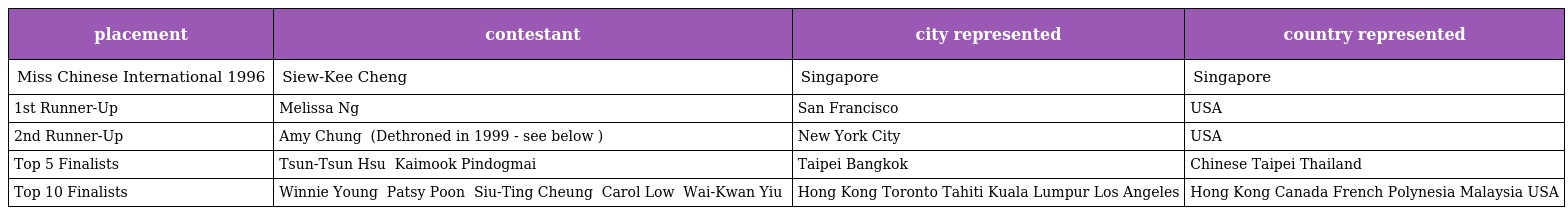
| placement | contestant | city represented | country represented |
 | --- | --- | --- | --- |
 | Miss Chinese International 1996 | Siew-Kee Cheng 鍾秀枝 | Singapore | Singapore |
 | 1st Runner-Up | Melissa Ng 吳美珩 | San Francisco | USA |
 | 2nd Runner-Up | Amy Chung 鍾慧儀 (Dethroned in 1999 - see below ) | New York City | USA |
 | Top 5 Finalists | Tsun-Tsun Hsu 許純純 Kaimook Pindogmai 陳珍珠 | Taipei Bangkok | Chinese Taipei Thailand |
 | Top 10 Finalists | Winnie Young 楊婉儀 Patsy Poon 潘美詩 Siu-Ting Cheung 張少婷 Carol Low 李笑美 Wai-Kwan Yiu 姚蔚珺 | Hong Kong Toronto Tahiti Kuala Lumpur Los Angeles | Hong Kong Canada French Polynesia Malaysia USA |